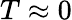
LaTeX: T\approx 0